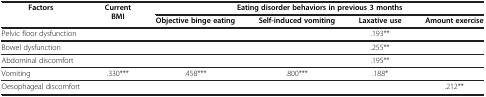
<table><thead><tr><td rowspan="2"><b>Factors</b></td><td rowspan="2"><b>Current BMI</b></td><td colspan="4"><b>Eating disorder behaviors in previous 3 months</b></td></tr><tr><td><b>Objective binge eating</b></td><td><b>Self-induced vomiting</b></td><td><b>Laxative use</b></td><td><b>Amount exercise</b></td></tr></thead><tbody><tr><td>Pelvic floor dysfunction</td><td> </td><td> </td><td> </td><td>.193**</td><td> </td></tr><tr><td>Bowel dysfunction</td><td> </td><td> </td><td> </td><td>.255**</td><td> </td></tr><tr><td>Abdominal discomfort</td><td> </td><td> </td><td> </td><td>.195**</td><td> </td></tr><tr><td>Vomiting</td><td>.330***</td><td>.458***</td><td>.800***</td><td>.188*</td><td> </td></tr><tr><td>Oesophageal discomfort</td><td> </td><td> </td><td> </td><td> </td><td>.212**</td></tr></tbody></table>